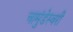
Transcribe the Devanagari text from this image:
चामुंडेस्वरी